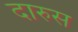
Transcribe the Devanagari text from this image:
दारुस